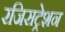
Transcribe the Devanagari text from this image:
रजिसट्रेशन